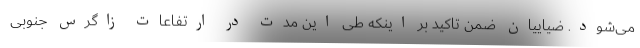
می‌شود. ضیاییان ضمن تاکید بر اینکه طی این مدت در ارتفاعات زاگرس جنوبی